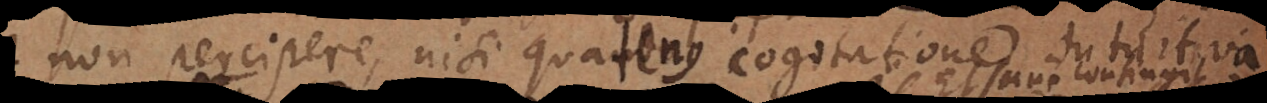
non percipere, nisi quatenus cogitatione intuitiva